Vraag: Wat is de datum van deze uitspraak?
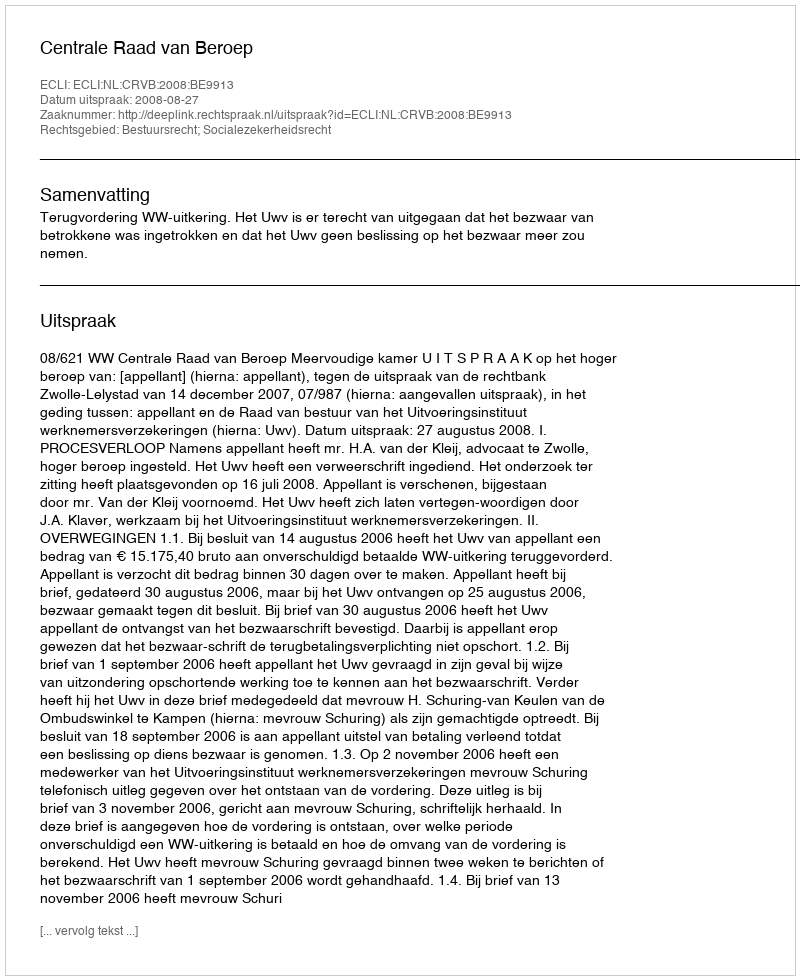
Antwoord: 2008-08-27